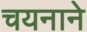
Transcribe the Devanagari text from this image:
चयनाने